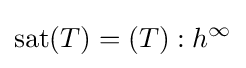
\mathrm {sat} (T)=(T):h^{\infty }